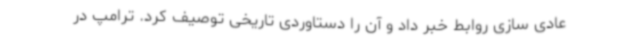
عادی سازی روابط خبر داد و آن را دستاوردی تاریخی توصیف کرد. ترامپ در